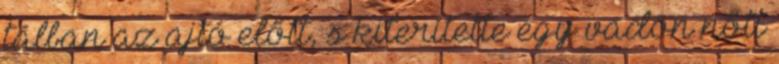
tálban az ajtó előtt, s kiterítette egy vadon nőtt